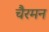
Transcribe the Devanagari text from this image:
चैरमन